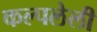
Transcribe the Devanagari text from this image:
कल्पलेली